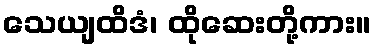
သေယျထိဒံ၊ ထိုဆေးတို့ကား။